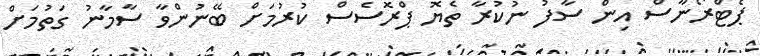
ޕެޓްރޯނާސް އިން ސާފު ނުކުރާ ތެޔޮ ޕްރޮސެސް ކުރުމަށް ބޭނުންވާ ސާމާނު ގަތުމަށް